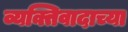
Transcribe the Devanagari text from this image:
व्यक्तिवादाच्या